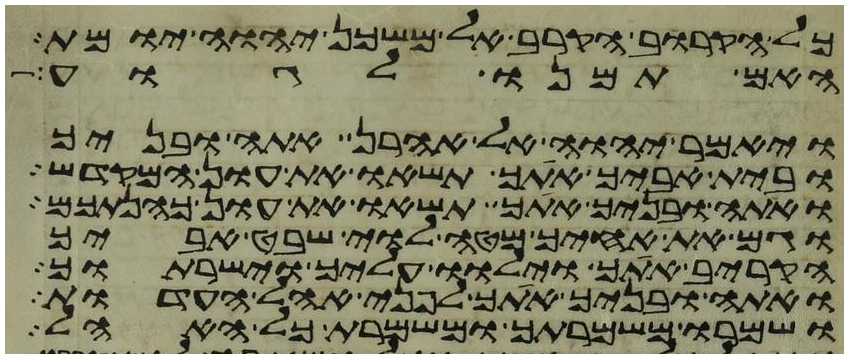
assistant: כל הקרוב הקרב אל משכן יהוה יומת
האם תמנו לגוע
ויאמר יהוה אל אהרן אתה ובניך
ובית אביך אתך תשאו את עון המקדש
ואתה ובניך אתך תשאו את עון כהנתכם
וגם את אחיך מטה לוי שבט אביך
הקריב אתך וילוו עליך וישרתוך
ואתה ובניך אתך לפני אהל העדות
ושמרו משמרתך ומשמרת כל האהל